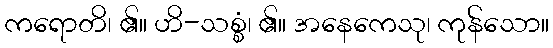
ကရောတိ၊ ၏။ ဟိ-သစ္စံ၊ ၏။ အနေကေသု၊ ကုန်သော။